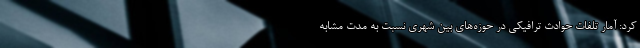
کرد: آمار تلفات حوادث ترافیکی در حوزه‌های بین شهری نسبت به مدت مشابه